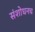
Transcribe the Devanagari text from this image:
संशोधनच